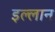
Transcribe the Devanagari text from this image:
इल्लान